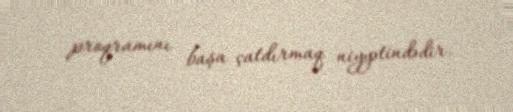
proqramını başa çatdırmaq niyyətindədir.